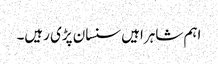
اہم شاہراہیں سنسان پڑی رہیں۔